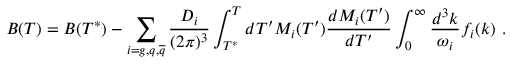
B ( T ) = B ( T ^ { * } ) - \sum _ { i = g , q , { \overline { { q } } } } \frac { D _ { i } } { ( 2 \pi ) ^ { 3 } } \int _ { T ^ { * } } ^ { T } d T ^ { \prime } M _ { i } ( T ^ { \prime } ) \frac { d M _ { i } ( T ^ { \prime } ) } { d T ^ { \prime } } \int _ { 0 } ^ { \infty } \frac { d ^ { 3 } k } { \omega _ { i } } f _ { i } ( k ) \ .